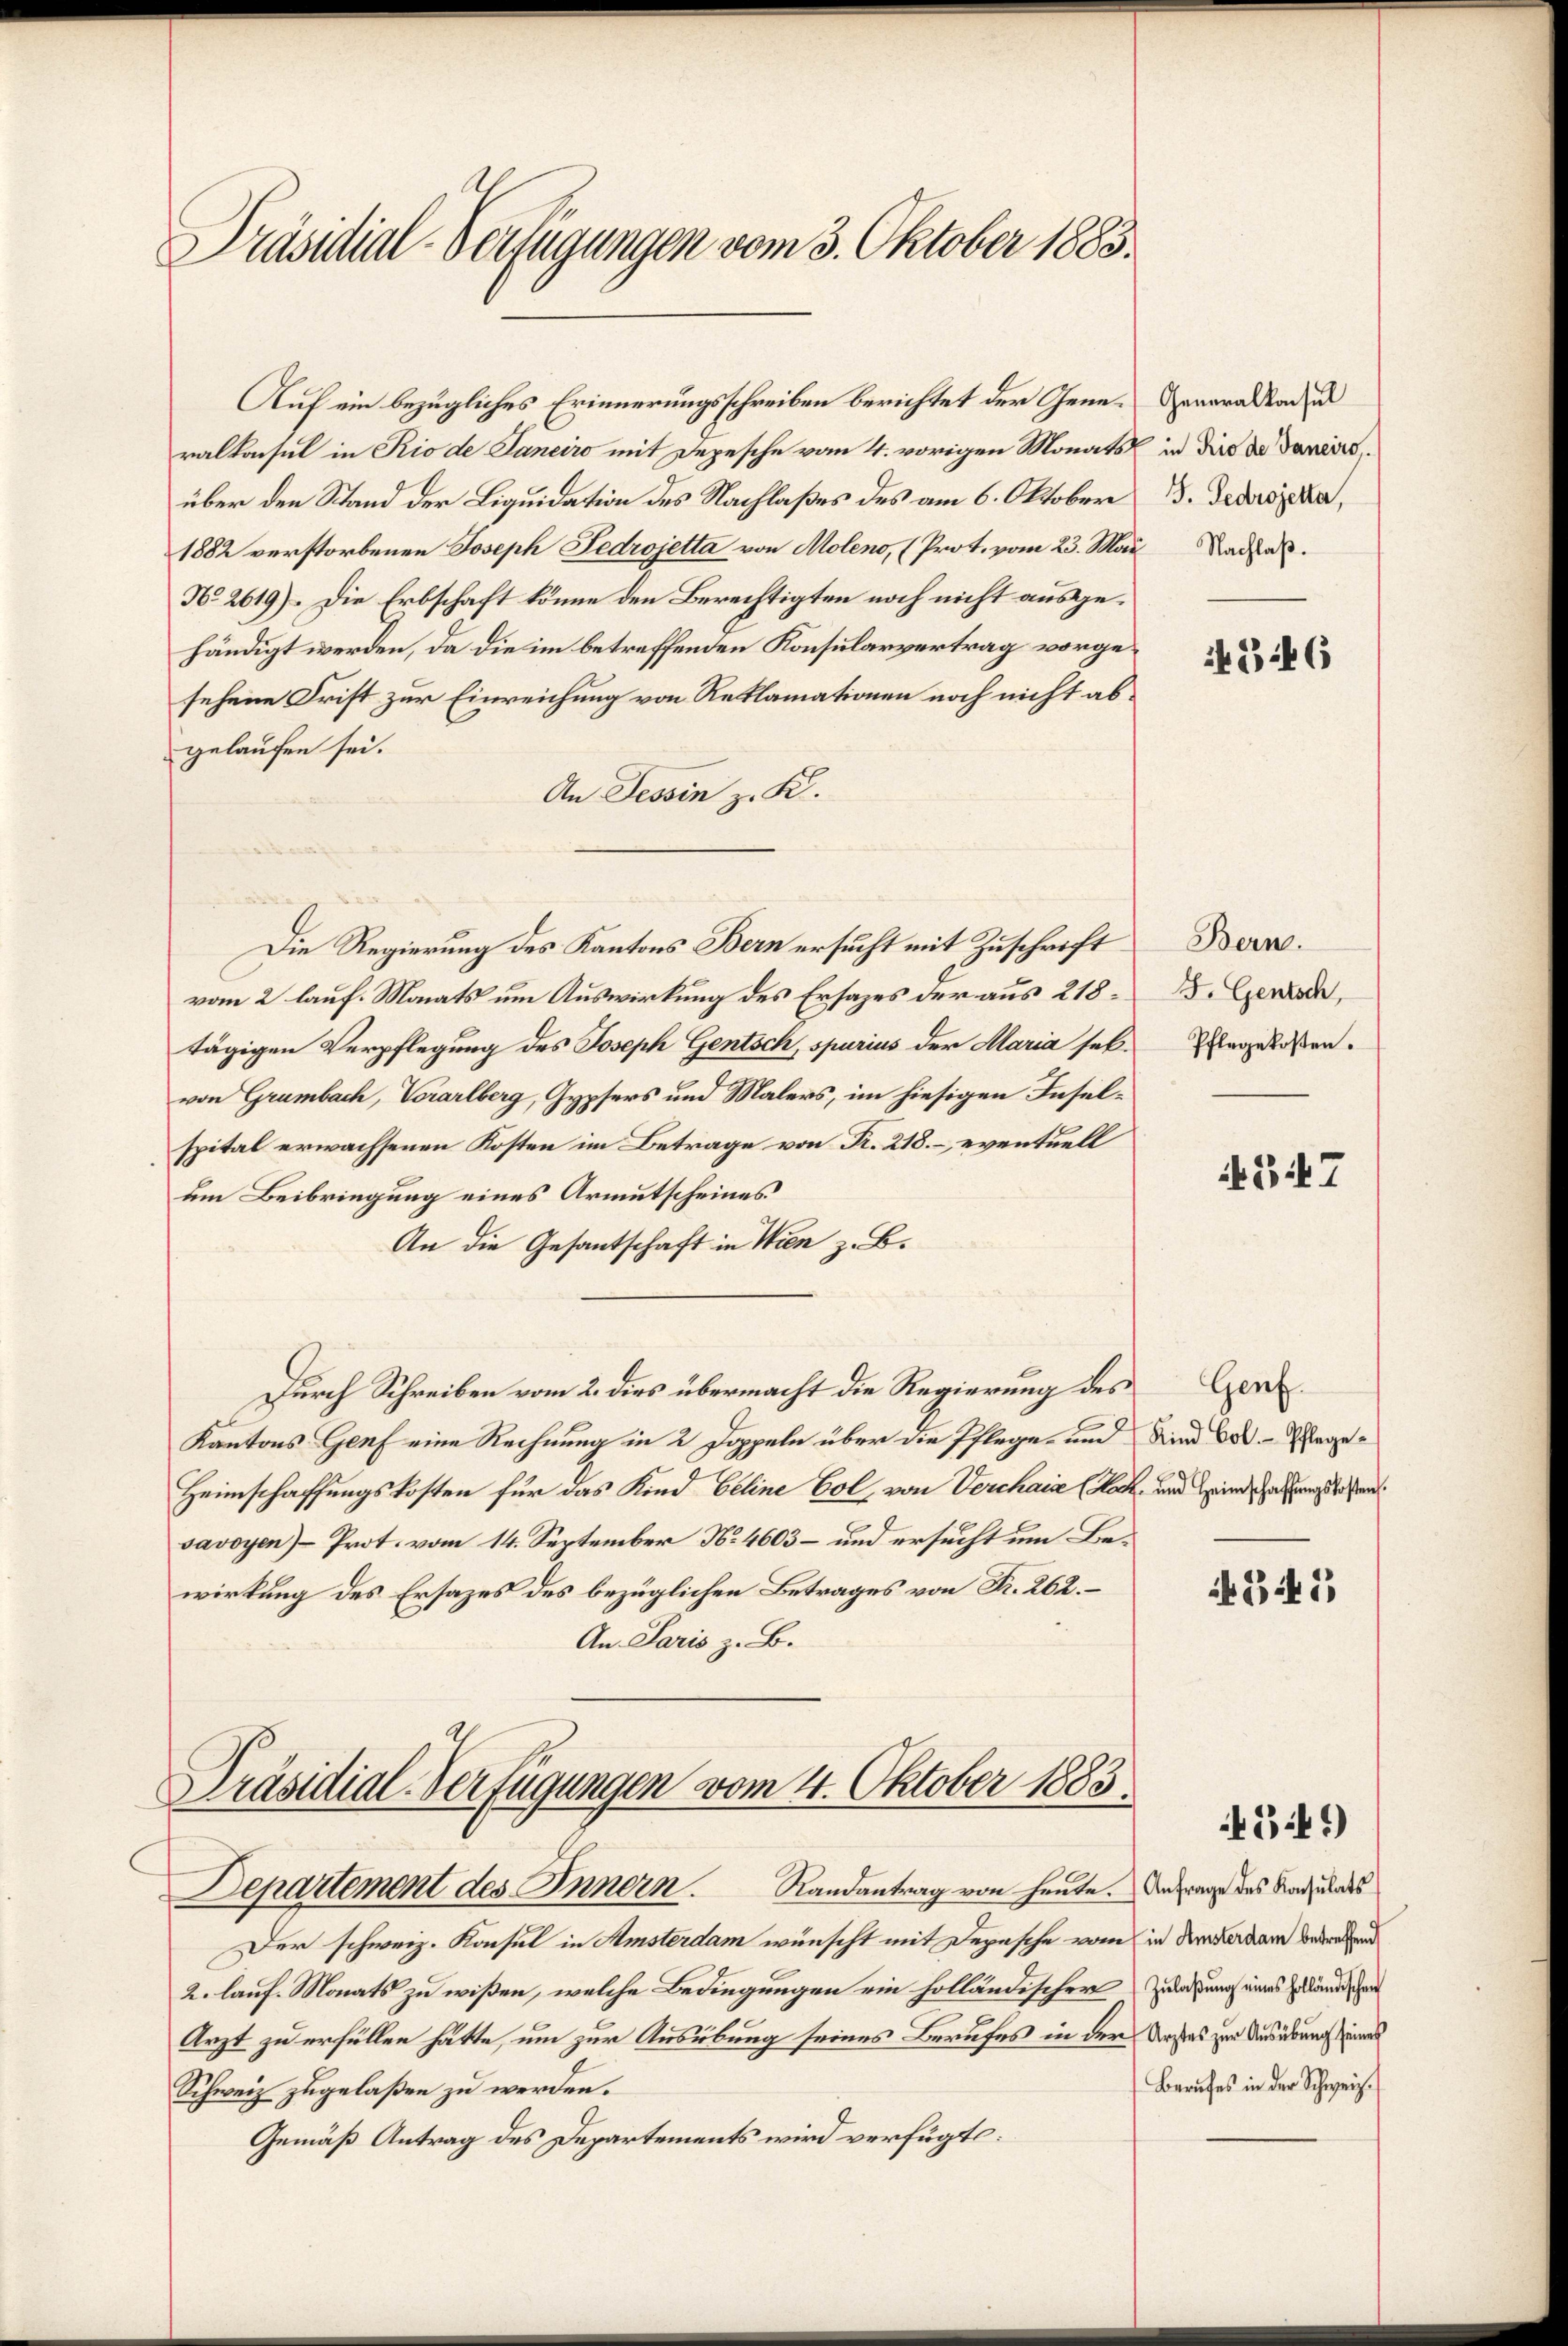
Präsidial-Verfügungen vom 3. Oktober 1883.

Auf ein bezügliches Erinnerungsschreiben berichtet der Gene- Generaltadiu
ralkonsul in Rio de Janeiro mit Depesche vom 4. vorigen Monats in die der Daniers,
über den Stand der Liquidation des Nachlaßes des am 6. Oktober
1882 verstorbenen Joseph Fedrojetta von Moleno, (Prot. vom 23. Mai Nadel.
No 2619). Die Erbschaft könne den Berechtigten noch nicht ausgehändigt werden, da die im betreffenden Konsularvertrag vorgesehene Frist zur Einreichung von Reklamationen noch nicht abgelaufen sei.
An Tessin z. K.
vom 2 lauf. Monats um Auswirkung des Ersatzes der aus 218
tägigen Verpflegung des Joseph Gentsch, spurius der Maria sekvon Grumbach, Vorarlberg, Gypsers und Malers, im hiesigen Inselspital erwachsenen Kosten im Betrage von R. 218.– eventuell
um Beibringung eines Armutscheines
An die Gesantschaft in Wien z. B.
Durch Schreiben vom 2. dies übermacht die Regierung des Genz¬
Kantons Genf eine Rechnung in 2 Doppeln über die Pflege- und Kind bot. Wege¬
Heimschaffungskosten für das Kind beline bot, von Verchaia (Koch, und Hinde Gesung diesen
savoyen)- Prot. vom 14. September No. 4603 – und ersucht um Bewirkung des Ersazes des bezüglichen Betrages von Fr. 262.
An Paris z. B.

Die Regierung des Kantons Bern ersucht mit Zuschrift

Präsidial-Verfügungen vom 14. Oktober 1883.
Departement des Innern. Randantrag von heute. Antrage des Rad hundes

Arzt zu erfüllen hätte, um zur Ausübung seines Berufes in der Kastes zur Ausübung eines
Schweiz zugelaßen zu werden.
Gemäß Antrag des Departements wird verfügt:

Der schweiz. Konsul in Amsterdam wünscht mit Depesche vom in dem Verdam bedeutend
2. lauf. Monats zu wißen, welche Bedingungen ein holländischer Ziehung eines Geländischen

G. Gedrojetta,

4346

Bern.
F. Gentsch,
Pflegekosten.

547

345,

4341)

Berufes in der Schweiz.